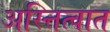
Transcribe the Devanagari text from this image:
अस्त्तित्वात